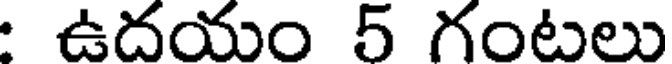
ఉదయం 5 గంటలు